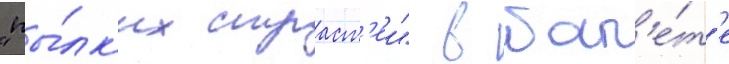
"пы́лк'их страст'еи" в бал'е́т'е